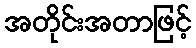
အတိုင်းအတာဖြင့်